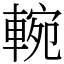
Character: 䡝